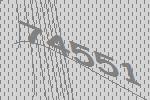
74551